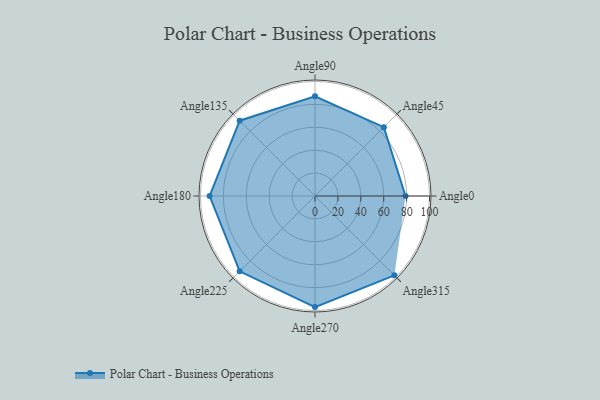
{"axis": {"x": "Angle", "y": "Radius"}, "legend": [""], "data": [{"x": "Angle0", "y": 79.0, "type": ""}, {"x": "Angle45", "y": 85.0, "type": ""}, {"x": "Angle90", "y": 87.0, "type": ""}, {"x": "Angle135", "y": 93.0, "type": ""}, {"x": "Angle180", "y": 92.0, "type": ""}, {"x": "Angle225", "y": 93.0, "type": ""}, {"x": "Angle270", "y": 97.0, "type": ""}, {"x": "Angle315", "y": 98.0, "type": ""}]}